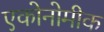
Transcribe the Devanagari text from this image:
एकोनोमीक